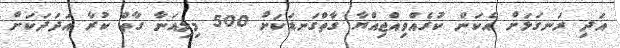
އަދި ރަނގަޅަށް އެކަން ކުރެއްވިއްޖިއްޔާ ގާތްގަނޑަކަށް 500 މިލިއަނާ ގާތް ކުރާ އަަދަދަކަށް